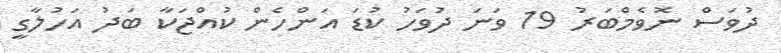
ދުވަސް ނޮވެމްބަރު 19 ވަނަ ދުވަހު ކުޑަ އަންހެން ކުއްޖަކާ ބަދު އަހުލާގީ